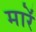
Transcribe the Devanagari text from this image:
मारेंं